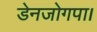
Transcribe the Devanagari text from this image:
डेनजोगपा।